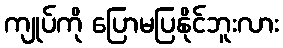
ကျုပ်ကို ပြောမပြနိုင်ဘူးလား